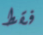
فقط